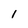
Character: I